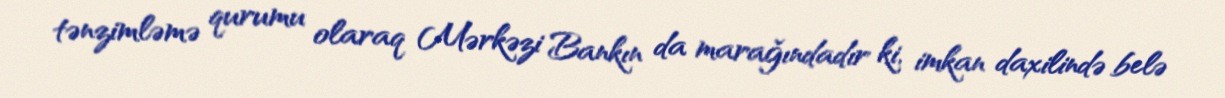
tənzimləmə qurumu olaraq Mərkəzi Bankın da marağındadır ki, imkan daxilində belə